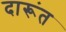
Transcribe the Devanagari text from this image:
दारूंत